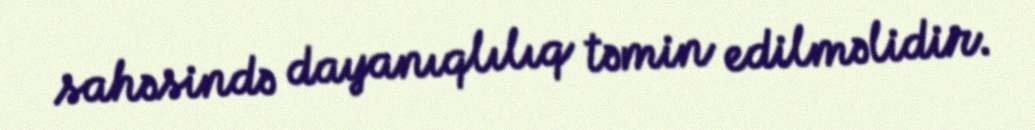
sahəsində dayanıqlılıq təmin edilməlidir.